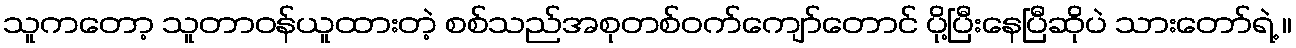
သူကတော့ သူတာဝန်ယူထားတဲ့ စစ်သည်အစုတစ်ဝက်ကျော်တောင် ပို့ပြီးနေပြီဆိုပဲ သားတော်ရဲ့ ။